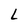
Character: L